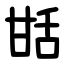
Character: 甛